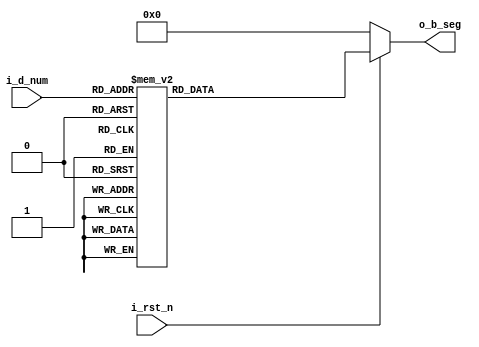
`timescale 1ns / 1ps
//////////////////////////////////////////////////////////////////////////////////
// Company: 
// Engineer: 
// 
// Design Name: 
// Module Name: segment_decoder
// Project Name: 
// Target Devices: 
// Tool Versions: 
// Description: 
// 
// Dependencies: 
// 
// Revision:
// Revision 0.01 - File Created
// Additional Comments:
// 
//////////////////////////////////////////////////////////////////////////////////


module segment_decoder(
    input i_rst_n,
    input [3:0] i_d_num,
    output reg[6:0] o_b_seg
    );
    
    always@( i_rst_n,i_d_num ) begin
        if( !i_rst_n ) begin
            o_b_seg <= 7'b0000000;  //In fact, don't care
        end else begin
        case( i_d_num )
            4'b0000 : o_b_seg <= 7'b1111110; // display number of 0 on 7-segment
            4'b0001 : o_b_seg <= 7'b0110000; // display number of 1 on 7-segment
            4'b0010 : o_b_seg <= 7'b1101101; // display number of 2 on 7-segment
            4'b0011 : o_b_seg <= 7'b1111001; // display number of 3 on 7-segment
            4'b0100 : o_b_seg <= 7'b0110011; // display number of 4 on 7-segment
            4'b0101 : o_b_seg <= 7'b1011011; // display number of 5 on 7-segment
            4'b0110 : o_b_seg <= 7'b1011111; // display number of 6 on 7-segment
            4'b0111 : o_b_seg <= 7'b1110010; // display number of 7 on 7-segment
            4'b1000 : o_b_seg <= 7'b1111111; // display number of 8 on 7-segment
            4'b1001 : o_b_seg <= 7'b1111011; // display number of 9 on 7-segment
            default: o_b_seg <= 7'b0000001;  // display '-' for error detecting    
        endcase
        end
    end
endmodule